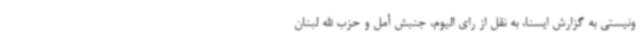
ونیستی به گزارش ایسنا، به نقل از رای الیوم، جنبش أمل و حزب الله لبنان